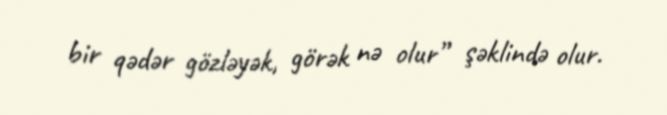
bir qədər gözləyək, görək nə olur” şəklində olur.